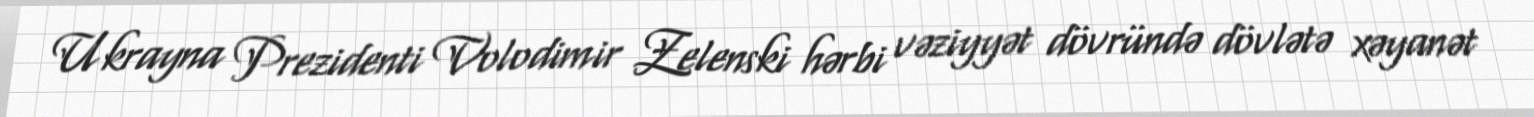
Ukrayna Prezidenti Volodimir Zelenski hərbi vəziyyət dövründə dövlətə xəyanət